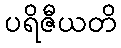
ပရိဇီယတိ